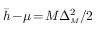
\bar { h } \! - \! \mu \! = \! M \Delta _ { { \scriptscriptstyle M } } ^ { 2 } / 2